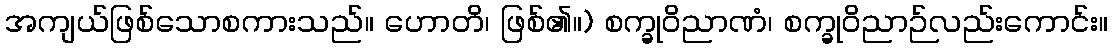
အကျယ်ဖြစ်သောစကားသည်။ ဟောတိ၊ ဖြစ်၏။) စက္ခုဝိညာဏံ၊ စက္ခုဝိညာဉ်လည်းကောင်း။